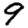
Digit: 9